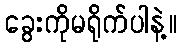
ခွေးကိုမရိုက်ပါနဲ့။